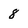
Character: 8